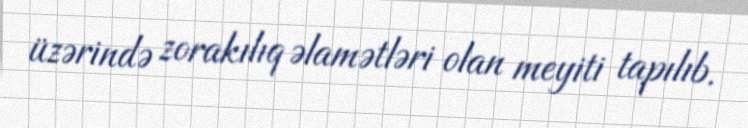
üzərində zorakılıq əlamətləri olan meyiti tapılıb.